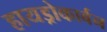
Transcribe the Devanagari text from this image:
हायड्रोकार्बन